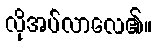
လိုအပ်လာလေ၏။